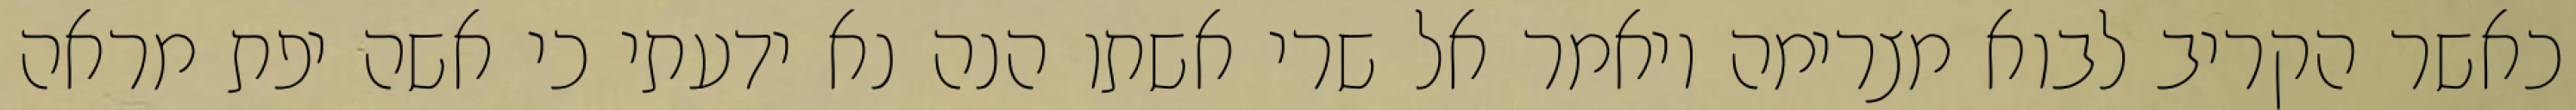
כאשר הקריב לבוא מצרימה ויאמר אל שרי אשתו הנה נא ידעתי כי אשה יפת מראה